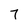
Character: 7